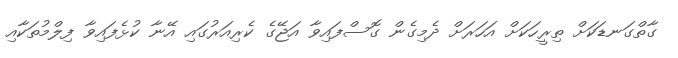
ގާތްގަނޑަކަށް ތިރީހަކަށް އަހަރަށް ދެމިގެން ގޮސްފައިވާ އަޖޭގެ ކެރިއަރުގައި އޭނާ ކުޅެފައިވާ ފިލްމުތަކާއި